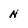
Character: n